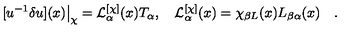
[ u ^ { - 1 } \delta u ] ( x ) \big | _ { \chi } = { \cal L } _ { \alpha } ^ { [ \chi ] } ( x ) T _ { \alpha } , \quad { \cal L } _ { \alpha } ^ { [ \chi ] } ( x ) = \chi _ { \beta L } ( x ) L _ { \beta \alpha } ( x ) \quad .